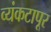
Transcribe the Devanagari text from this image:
व्यंकटापूर